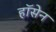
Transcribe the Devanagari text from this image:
हॉसेन